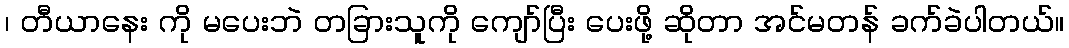
၊ တီယာနေး ကို မပေးဘဲ တခြားသူကို ကျော်ပြီး ပေးဖို့ ဆိုတာ အင်မတန် ခက်ခဲပါတယ်။